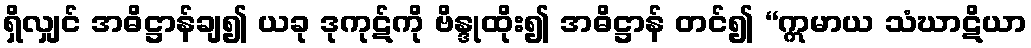
ရှိလျှင် အဓိဋ္ဌာန်ချ၍ ယခု ဒုကုဋ်ကို ဗိန္ဒုထိုး၍ အဓိဋ္ဌာန် တင်၍ “ဣမာယ သံဃာဋိယာ